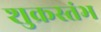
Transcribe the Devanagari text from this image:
शुक्रस्तंभ